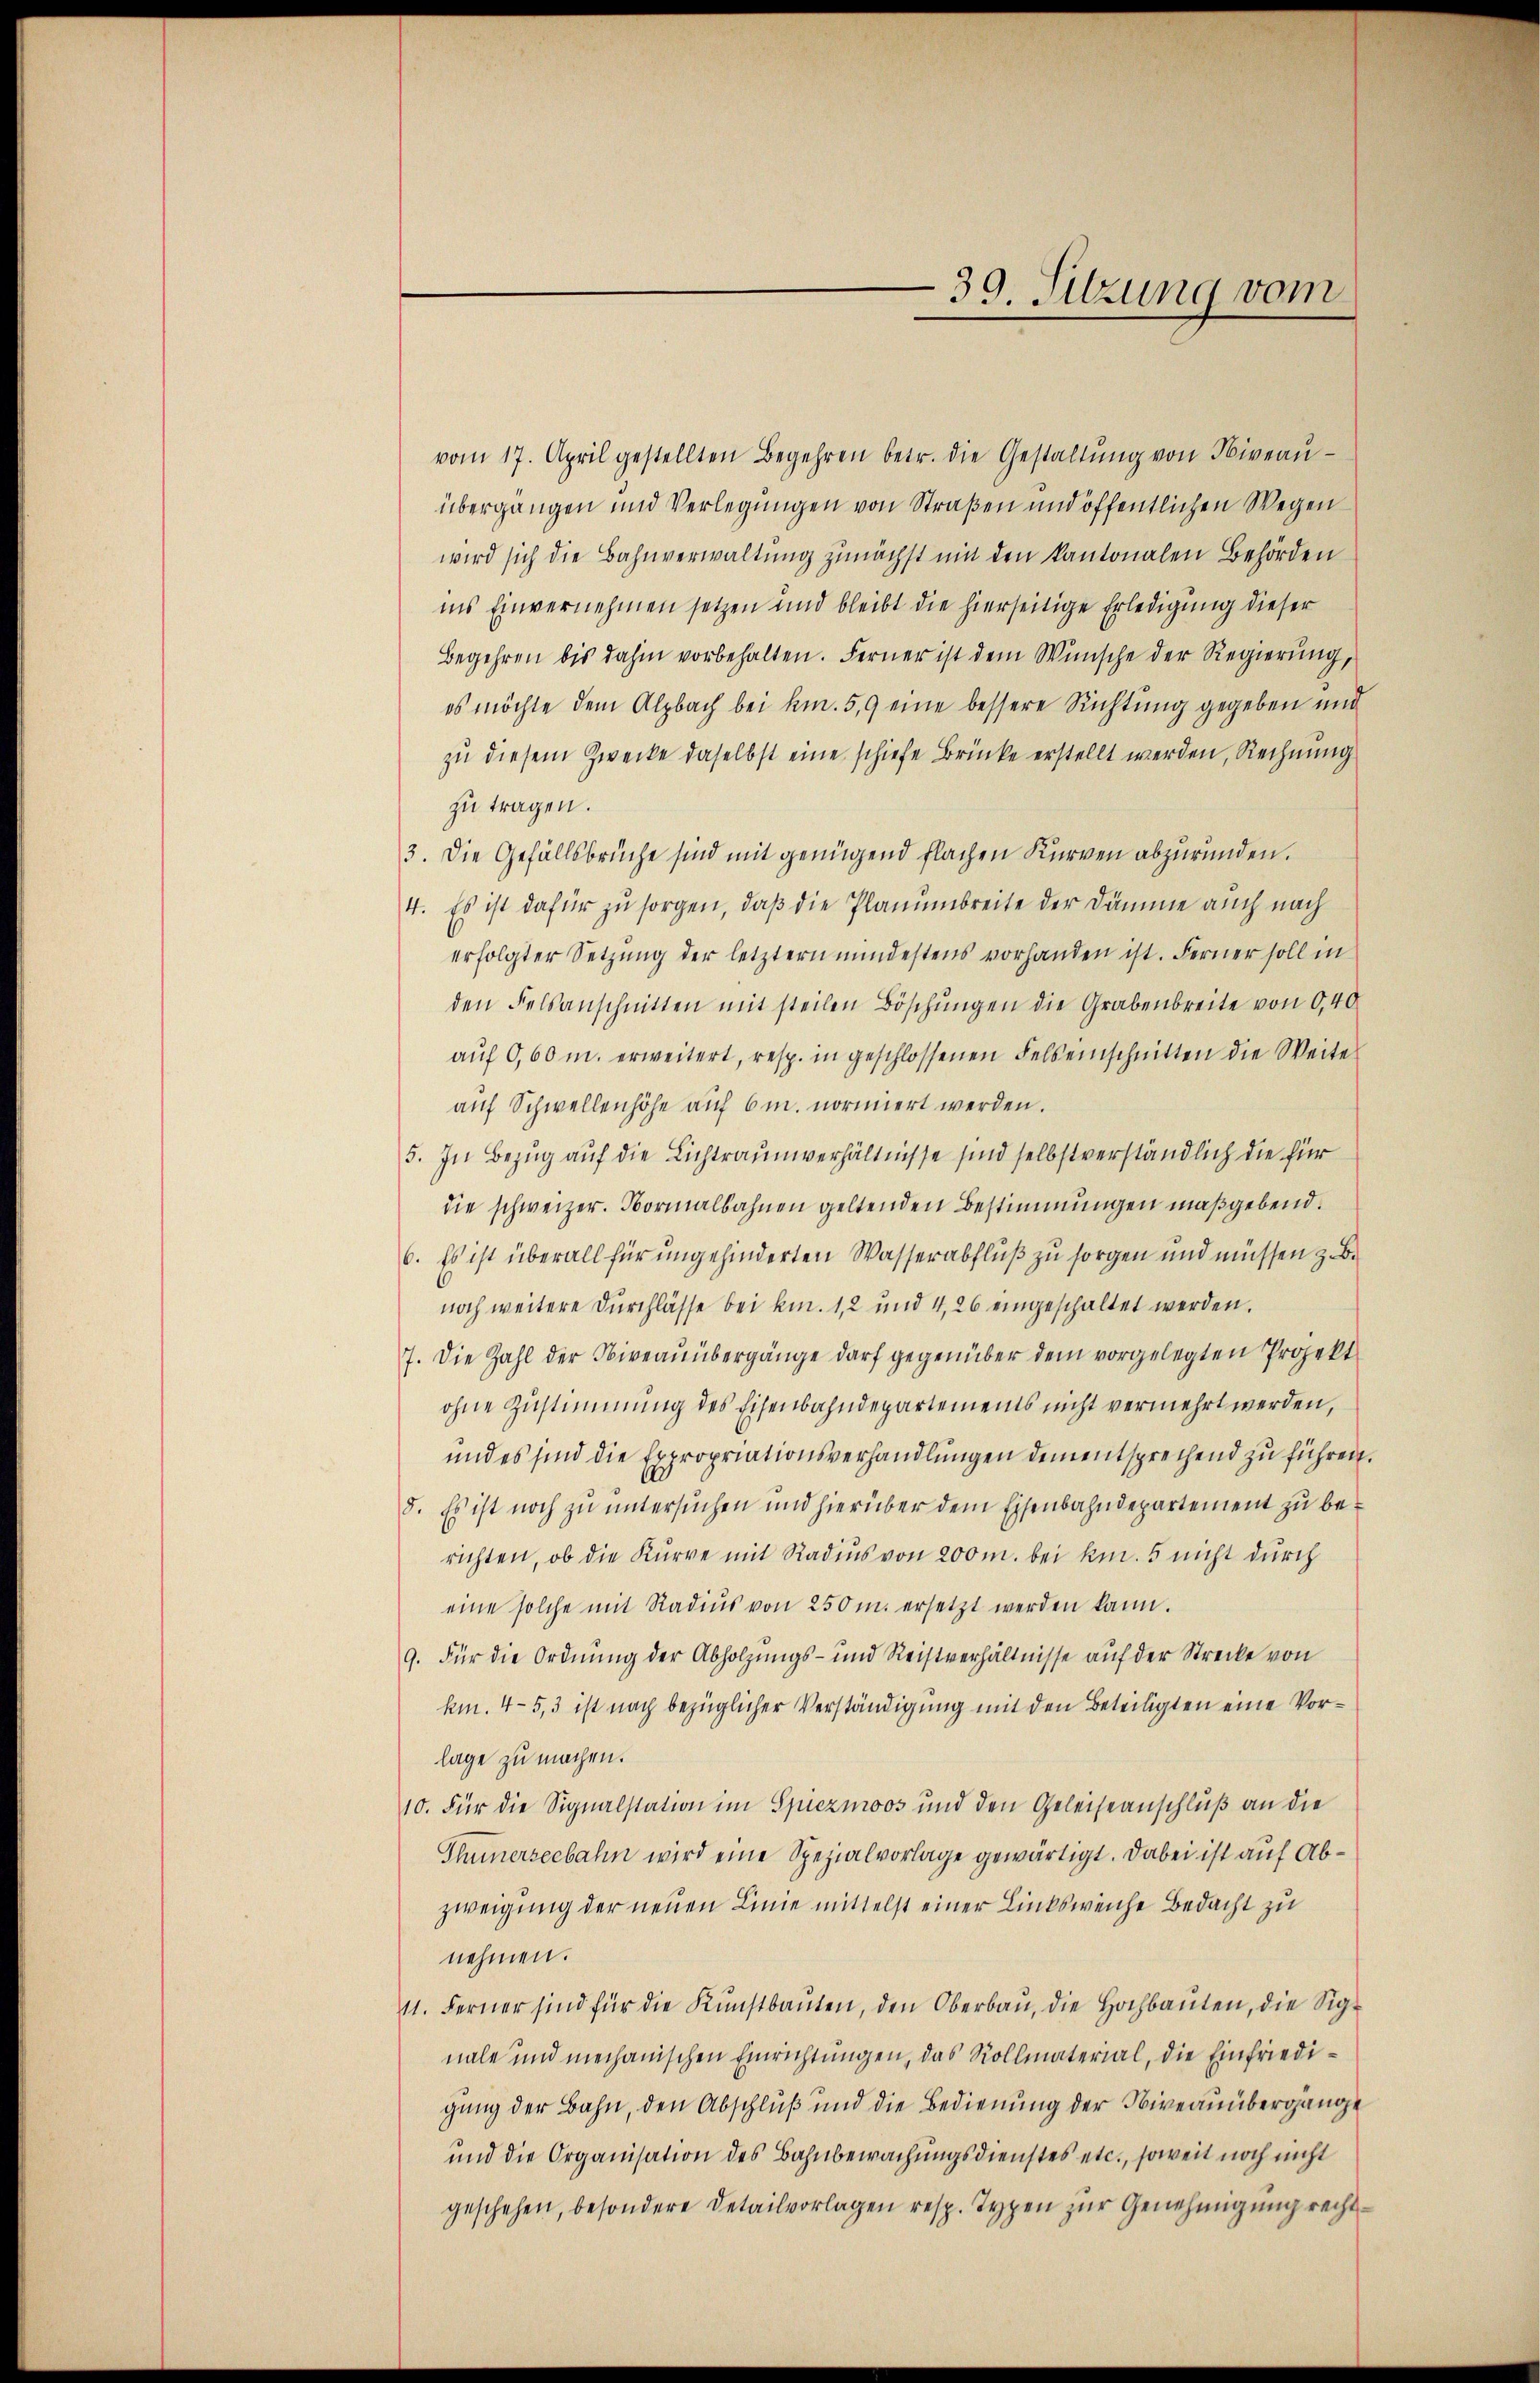
vom 17. April gestellten Begehren betr. die Gestaltŭng von Niveaŭ-
übergangen und Verlegŭngen von Straßen und öffentlichen Wegen
wird sich die Bahnverwaltung zunächst mit den kantonalen Behörden
ins Einvernehmen setzen und bleibt die hierseitige Erledigung dieser
Begehren bis dahin vorbehalten. Ferner ist dem Wünsche der Regierŭng,
es möchte dem Alpbach bei km. 5,9 eine bessere Richtung gegeben und
zu diesem Zwecke daselbst eine schiefe Brücke erstellt werden, Rechnung
zu tragen.
3. Die Gefällsbrüche sind mit genügend flachen Kurven abzuründen.
4. Es ist dafür zu sorgen, daß die Planumbreite der Dämme auch nach
erfolgter Setzŭng der letztern mindestens vorhanden ist. Ferner soll in
den Felsanschnitten mit steilen Böschŭngen die Grabenbreite von 0,40
aŭf 0,60 m. erweitert, resp. in geschlossenen Felseinschnitten die Weite
aŭf Schwellenhöhe auf 6m. normiert werden.
5. In Bezug auf die Lichtraumverhältnisse sind selbstverständlich die für
die schweizer. Normalbahnen geltenden Bestimmungen maßgebend.
6. Es ist überall für ungehinderten Wasserabfluß zu sorgen und müssen z. B.
noch weitere Durchlasse bei km. 1,2 und 4,26 eingeschaltet werden.
7. Die Zahl der Niveaŭübergänge darf gegenüber dem vorgelegten Projekt
ohne Zustimmung des Eisenbahndepartements nicht vermehrt werden,
und es sind die Expropriationsverhandlungen dem entsprechend zu führen.
5. Es ist noch zŭ ŭntersŭchen und hierüber dem Eisenbahndepartement zu berichten, ob die Kurve mit Radius von 200 m. bei kn. 5 nicht durch
eine solche mit Radiŭs von 250 m. ersetzt werden kann.
9. Für die Ordnung der Abholzungs- und Reistverhältnisse auf der Strecke von
km. 4-5,3 ist nach bezüglicher Verständigung mit den Beteiligten eine Vorlage zu machen.
10. Für die Signalstation im Spiezmoos und den Geleiseanschluß an die
Thunerseebahn wird eine Spezialvorlage gewärtigt. Dabei ist auf Abzweigung der neuen Linie mittelst einer Linksweiche Bedacht zu
nehmen.
11. Ferner sind für die Kŭnstbaŭten, den Oberbaŭ, die Hochbaŭten, die Sig-
nale und mechanischen Einrichtungen, das Rollmaterial, die Einfriedigung der Bahn, den Abschluß und die Bedienung der Niveauübergange
und die Organisation des Bahnbewachungsdienstes etc., soweit noch nicht
geschehen, besondere Detailvorlagen resp. Typen zur Genehmigung recht¬

39. Sitzung vom